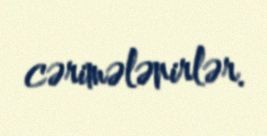
cərimələnirlər.